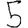
Digit: 5